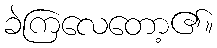
ခဲကြလေတော့၏။